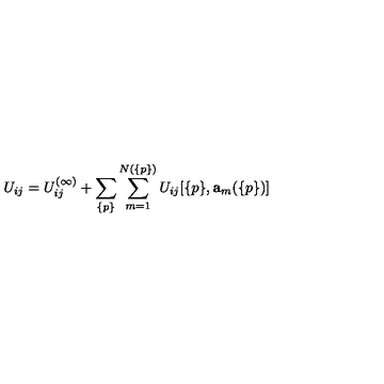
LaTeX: U _ { i j } = U _ { i j } ^ { ( \infty ) } + \sum _ { \{ p \} } \sum _ { m = 1 } ^ { N ( \{ p \} ) } U _ { i j } [ \{ p \} , { \bf a } _ { m } ( \{ p \} ) ]